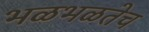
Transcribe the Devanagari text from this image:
भळभळतेच